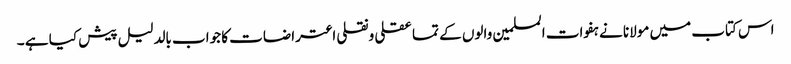
اس کتاب میں مولانا نے ہفوات المسلمین والوں کے تما عقلی ونقلی اعتراضات کا جواب بالدلیل پیش کیا ہے ۔